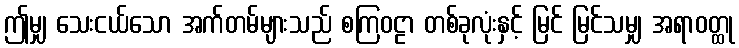
ဤမျှ သေးငယ်သော အက်တမ်များသည် စကြဝဠာ တစ်ခုလုံးနှင့် မြင် မြင်သမျှ အရာဝတ္ထု